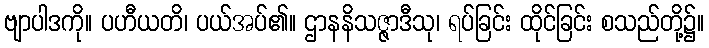
ဗျာပါဒကို။ ပဟီယတိ၊ ပယ်အပ်၏။ ဌာနနိသဇ္ဇာဒီသု၊ ရပ်ခြင်း ထိုင်ခြင်း စသည်တို့၌။